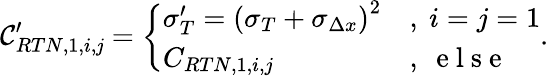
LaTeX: \mathcal{C}_{RTN,1,{i,\mathit{j}}}^{\prime}=\left\{ \begin{array}{ll}{\sigma_{T}^{\prime}=\left(\sigma_{T}+\sigma_{\Delta x}\right)^{2}}&{,\ i=j=1}\\ {C_{RTN,1,{i,j}}}&{,\ \mathrm{~e~l~s~e~}}\end{array}\right..